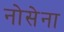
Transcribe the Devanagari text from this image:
नोसेना